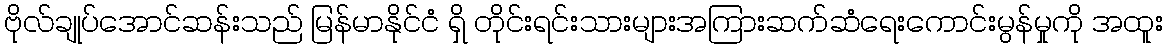
ဗိုလ်ချုပ်အောင်ဆန်းသည် မြန်မာနိုင်ငံ ရှိ တိုင်းရင်းသားများအကြားဆက်ဆံရေးကောင်းမွန်မှုကို အထူး